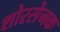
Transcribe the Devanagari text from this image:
शोरसेनक